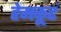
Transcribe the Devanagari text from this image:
हेमकूटं